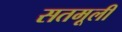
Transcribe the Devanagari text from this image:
सतमूली